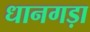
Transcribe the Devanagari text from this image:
धानगड़ा